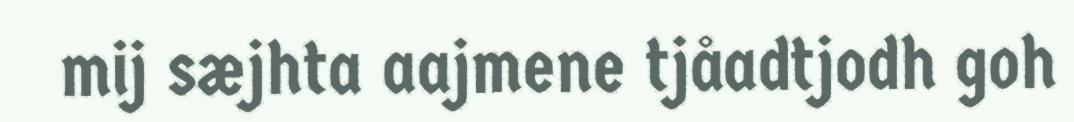
mij sæjhta aajmene tjåadtjodh goh